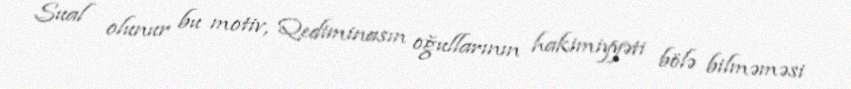
Sual olunur bu motiv, Qediminasın oğullarının hakimiyyəti bölə bilməməsi